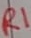
Text: R1